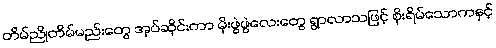
တိမ်ညိုတိမ်မည်းတွေ အုပ်ဆိုင်းကာ မိုးဖွဲဖွဲလေးတွေ ရွာလာသဖြင့် စိုးရိမ်သောကနှင့်